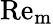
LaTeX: \mathrm{Re}_{\mathrm{m}}